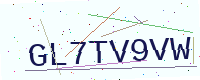
Text: GL7TV9VW